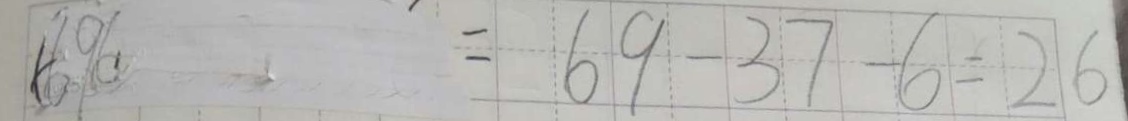
6 9 - 3 7 - 6 = 2 6